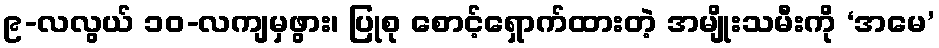
၉-လလွယ် ၁၀-လကျမှဖွား၊ ပြုစု စောင့်ရှောက်ထားတဲ့ အမျိုးသမီးကို ‘အမေ’